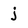
Character: j